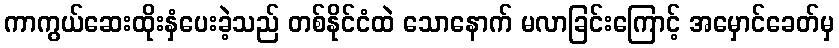
ကာကွယ်ဆေးထိုးနှံပေးခဲ့သည် တစ်နိုင်ငံထဲ သောနောက် မလာခြင်းကြောင့် အမှောင်ခေတ်မှ